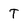
Character: t